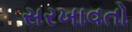
સરખાવતો